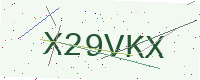
Text: X29VKX